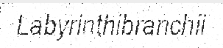
Labyrinthibranchii